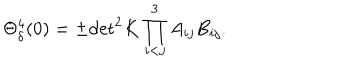
\Theta _ { \delta } ^ { 4 } ( 0 ) = \pm \mathrm { d e t } ^ { 2 } K \prod _ { i < j } ^ { 3 } A _ { i j } B _ { i j } .